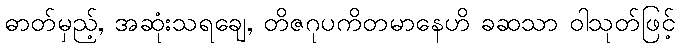
ဓာတ်မှည့်, အဆုံးသရချေ, တိဇဂုပကိတမာနေဟိ ခဆသာ ဝါသုတ်ဖြင့်